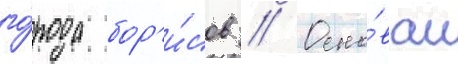
го́рода бор'и́сов // Осно́ван